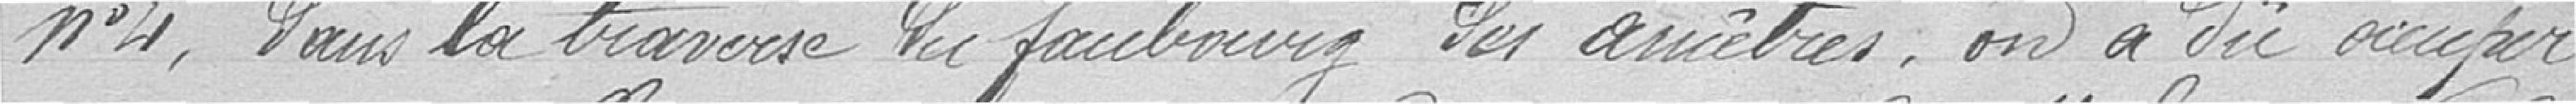
n°4, dans la traversée du faubourg des ancêtres. On a dû occuper